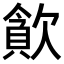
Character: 𣤉